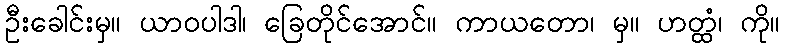
ဦးခေါင်းမှ။ ယာဝပါဒါ၊ ခြေတိုင်အောင်။ ကာယတော၊ မှ။ ဟတ္ထံ၊ ကို။